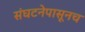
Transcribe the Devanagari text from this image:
संघटनेपासूनच